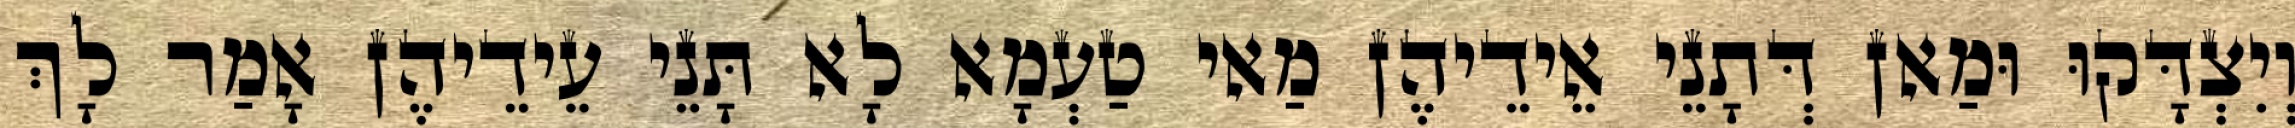
וְיִצְדָּקוּ וּמַאן דְּתָנֵי אֵידֵיהֶן מַאי טַעְמָא לָא תָּנֵי עֵידֵיהֶן אָמַר לָךְ